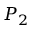
P _ { 2 }